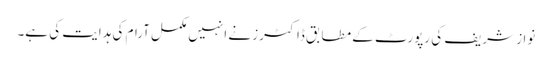
نواز شریف کی رپورٹ کے مطابق ڈاکٹرز نے انہیں مکمل آرام کی ہدایت کی ہے۔